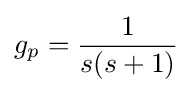
g_{p}={\frac {1}{s(s+1)}}